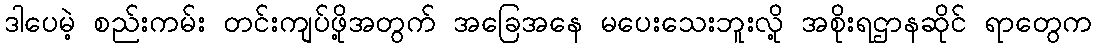
ဒါပေမဲ့ စည်းကမ်း တင်းကျပ်ဖို့အတွက် အခြေအနေ မပေးသေးဘူးလို့ အစိုးရဌာနဆိုင် ရာတွေက